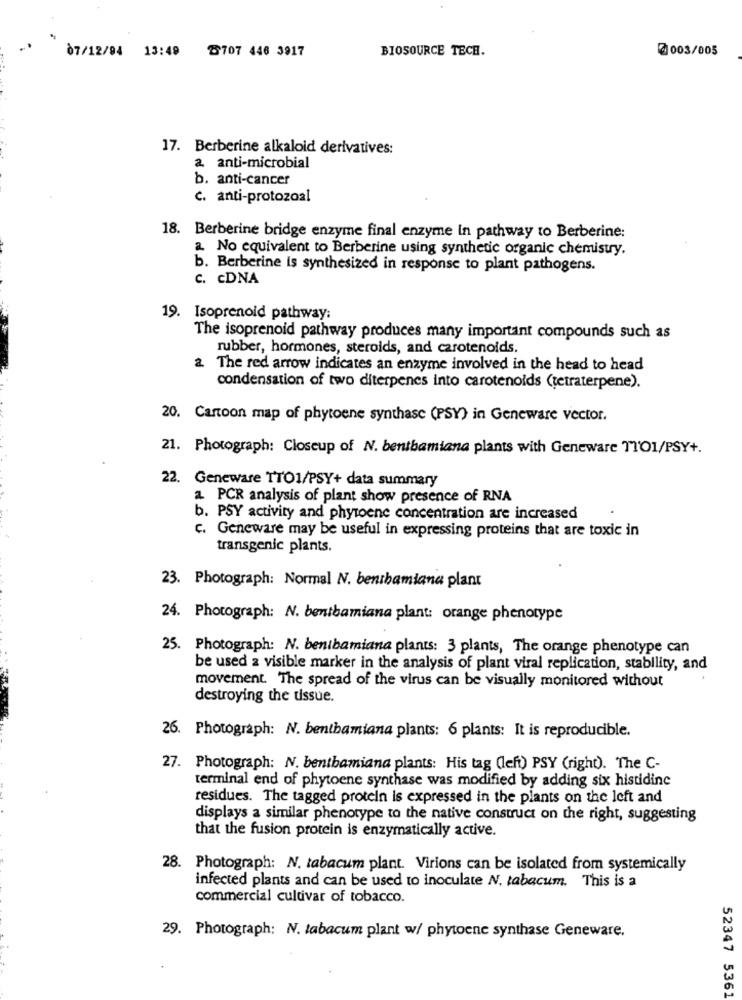
07/12/94 13:49 2707 446 3917
BIOSOURCE TECH.
@003/005
17. Berberine alkaloid derivatives:
a anti-microbial
b. anti-cancer
c. anti-protozoal
18. Berberine bridge enzyme final enzyme in pathway to Berberine:
a. No equivalent to Berberine using synthetic organic chemistry.
b. Berberine is synthesized in response to plant pathogens.
C. cDNA
19. Isoprenoid pathway:
The isoprenoid pathway produces many important compounds such as
rubber, hormones, steroids, and carotenoids.
a. The red arrow indicates an enzyme involved in the head to head
condensation of two diterpenes into carotenoids (tetraterpene).
20. Cartoon map of phytoene synthase (PSY) in Geneware vector.
21. Photograph: Closeup of N. bentbamiana plants with Geneware TTO1/PSY+.
22. Geneware TTO1/PSY+ data summary
a PCR analysis of plant show presence of RNA
b. PSY activity and phytoene concentration are increased
c. Geneware may be useful in expressing proteins that are toxic in
transgenic plants.
23. Photograph: Normal N. benibamiana plant
24. Photograph: N. benibamiana plant: orange phenotype
25. Photograph: N. benibamiana plants: 3 plants, The orange phenotype can
be used a visible marker in the analysis of plant viral replication, stability, and
movement. The spread of the virus can be visually monitored without
destroying the ussue.
26. Photograph: N. bentbamiana plants: 6 plants: It is reproducible.
27. Photograph: N. bentbamiana plants: His tag (left) PSY (right). The C-
terminal end of phytoene synthase was modified by adding six histidine
residues. The tagged protein is expressed in the plants on the left and
displays a similar phenotype to the native construct on the right, suggesting
that the fusion protein is enzymatically active.
28. Photograph: N. tabacum plant. Virions can be isolated from systemically
infected plants and can be used to inoculate N. tabacum. This is a
commercial cultivar of tobacco.
29. Photograph: N. tabacum plant w/ phytoene synthase Geneware.
52347 5361